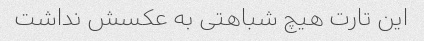
این تارت هیچ شباهتی به عکسش نداشت